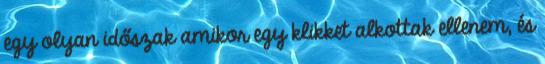
egy olyan időszak amikor egy klikket alkottak ellenem, és